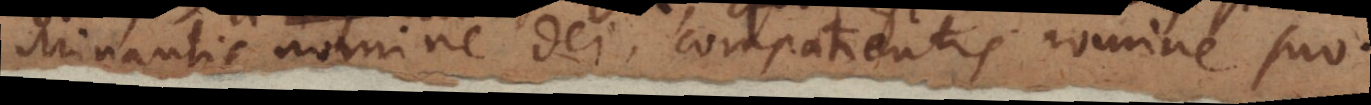
Minantis nomine Dei, compatientis nomine suo